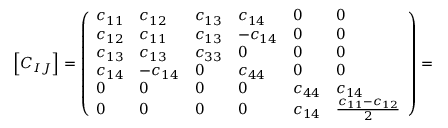
\left[ C _ { I J } \right] = \left( \begin{array} { l l l l l l } { c _ { 1 1 } } & { c _ { 1 2 } } & { c _ { 1 3 } } & { c _ { 1 4 } } & { 0 } & { 0 } \\ { c _ { 1 2 } } & { c _ { 1 1 } } & { c _ { 1 3 } } & { - c _ { 1 4 } } & { 0 } & { 0 } \\ { c _ { 1 3 } } & { c _ { 1 3 } } & { c _ { 3 3 } } & { 0 } & { 0 } & { 0 } \\ { c _ { 1 4 } } & { - c _ { 1 4 } } & { 0 } & { c _ { 4 4 } } & { 0 } & { 0 } \\ { 0 } & { 0 } & { 0 } & { 0 } & { c _ { 4 4 } } & { c _ { 1 4 } } \\ { 0 } & { 0 } & { 0 } & { 0 } & { c _ { 1 4 } } & { \frac { c _ { 1 1 } - c _ { 1 2 } } { 2 } } \end{array} \right) =